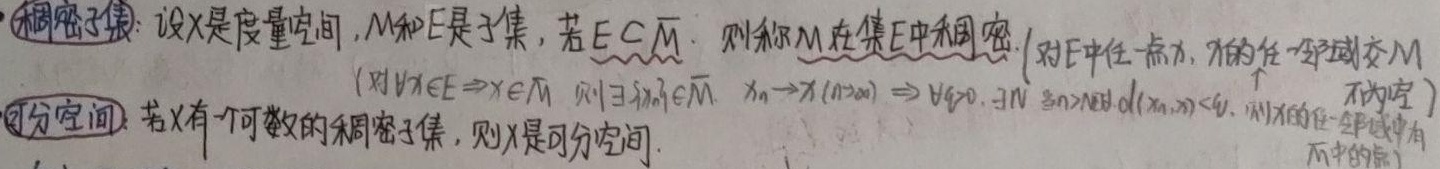
稠密子集：设\(X\)是度量空间，\(M\)和\(E\)是子集，若\(E \subseteq \overline{M}\)，则称\(M\)在集\(E\)中稠密。（对\(\forall x \in E \Rightarrow x \in \overline{M}\)，则\(\exists \{x_n\} \subseteq M\)，\(x_n \to x\)（\(n \to \infty\)）\(\Rightarrow \forall \varepsilon > 0, \exists N\)当\(n > N\)时，\(d(x_n, x) < \varepsilon\)。即\(x\)的任一邻域与\(M\)不为空）

可分空间：若\(X\)有一个可数的稠密子集，则\(X\)是可分空间。